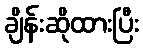
ချိန်းဆိုထားပြီး